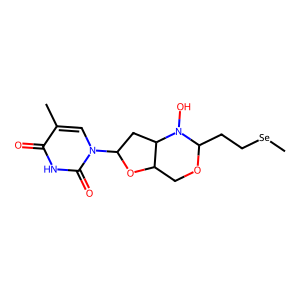
SMILES: C[Se]CCC1OCC2OC(n3cc(C)c(=O)[nH]c3=O)CC2N1O
Inhibits HIV replication: Yes